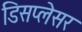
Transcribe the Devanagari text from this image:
डिसप्लेसर